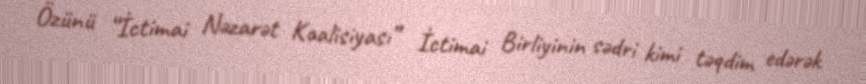
Özünü “İctimai Nəzarət Koalisiyası” İctimai Birliyinin sədri kimi təqdim edərək